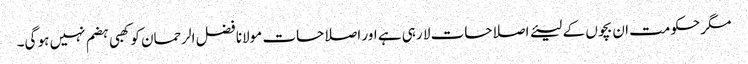
مگر حکومت ان بچوں کے لیئے اصلاحات لا رہی ہے اور اصلاحات مولانا فضل الرحمان کو کھبی ہضم نہیں ہو گی۔